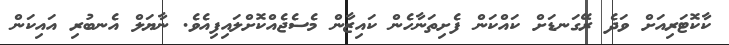
ކާކޮޓަރިއަށް ވަދެ ރޭގަނޑަށް ކައްކަން ފެށިތަނާހެން ކައިޒާން މެސެޖެއްކޮށްލައިފިއެވެ. ނާޔަލް އެނބުރި އައިކަން